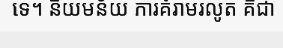
ទេ។ និយមន័យ ការគំរាមរលូត គឺជា